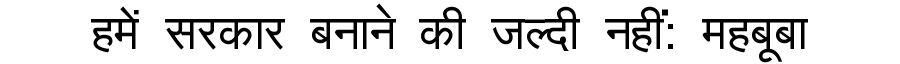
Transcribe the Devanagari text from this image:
हमें सरकार बनाने की जल्दी नहीं: महबूबा